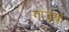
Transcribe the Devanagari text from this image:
गोडय़ा